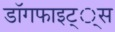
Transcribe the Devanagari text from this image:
डाॅगफाइट््स